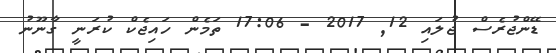
ޑޭންޖުރެސް ޖުލައި 12